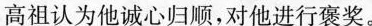
高祖认为他诚心归顺，对他进行褒奖。